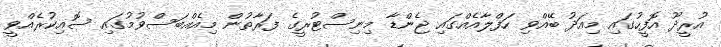
އުރީދޫ އޮފީހުގައި މިއަދު ބޭއްވި ހަފްލާއެއްގައި ޖެންޑާ މިނިސްޓުރީގެ ފަރާތުން މިއެއްބަސްވުމުގައި ސޮއިކުރެއްވީ